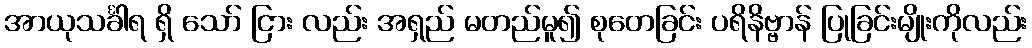
အာယုသင်္ခါရ ရှိ သော် ငြား လည်း အရှည် မတည်မူ၍ စုတေခြင်း ပရိနိဗ္ဗာန် ပြုခြင်းမျိုးကိုလည်း